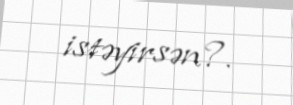
istəyirsən?.